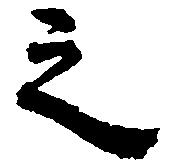
之